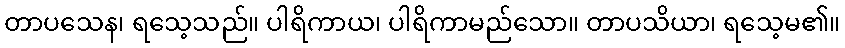
တာပသေန၊ ရသေ့သည်။ ပါရိကာယ၊ ပါရိကာမည်သော။ တာပသိယာ၊ ရသေ့မ၏။